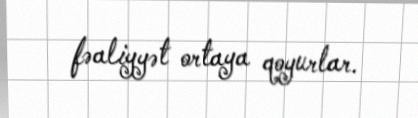
fəaliyyət ortaya qoyurlar.